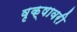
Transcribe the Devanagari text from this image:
वृक्षावरी